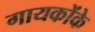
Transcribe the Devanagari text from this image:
गायकोंके